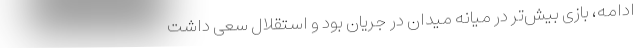
ادامه، بازی بیش‌تر در میانه میدان در جریان بود و استقلال سعی داشت